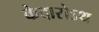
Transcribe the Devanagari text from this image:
केदारोऽथ